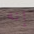
إنه